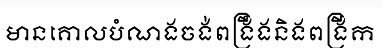
មានគោលបំណងចង់ពង្រឹងនិងពង្រីក